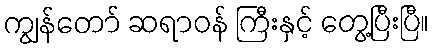
ကျွန်တော် ဆရာဝန် ကြီးနှင့် တွေ့ပြီးပြီ။